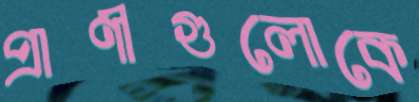
প্রাণীগুলোকে